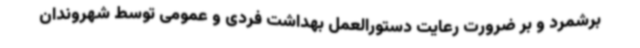
برشمرد و بر ضرورت رعایت دستورالعمل بهداشت فردی و عمومی توسط شهروندان